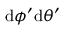
\mathrm { d } \phi ^ { \prime } \mathrm { d } \theta ^ { \prime }